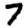
Digit: 7